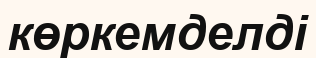
көркемделді